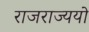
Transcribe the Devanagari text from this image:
राजराज्ययो